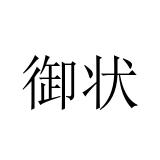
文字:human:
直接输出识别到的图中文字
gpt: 御状